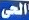
الحى